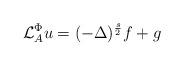
LaTeX: \begin{align*} \mathcal{L}^{\Phi}_{A}u=(-\Delta)^{\frac{s}{2}}f+g\end{align*}